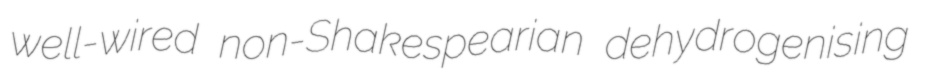
well-wired non-Shakespearian dehydrogenising